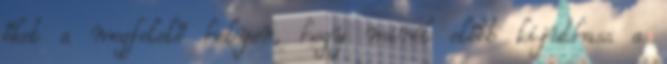
őket a megfelelő helyen, hogy minél előbb kijuthass a